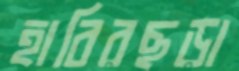
হাবিরছড়া